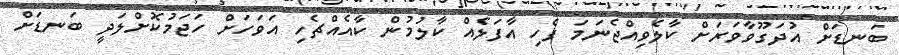
ބަނޑަށް އުދަގޫވާވަރަށް ކާލެވިއްޖެނަމަ ފެހި އާފަލެއް ކާލުމުން ކާއެއްޗެެހި އަވަހަށް ހަޖަމުކޮށްލަދީ ބަނޑަށް